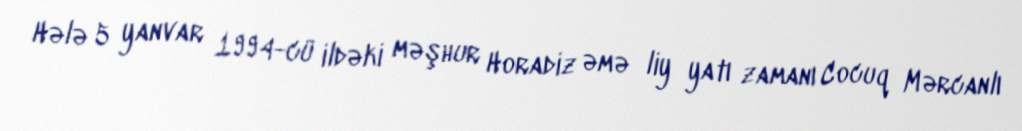
Hələ 5 yanvar 1994-cü ildəki məşhur Horadiz əmə­liy­yatı zamanı Cocuq Mərcanlı